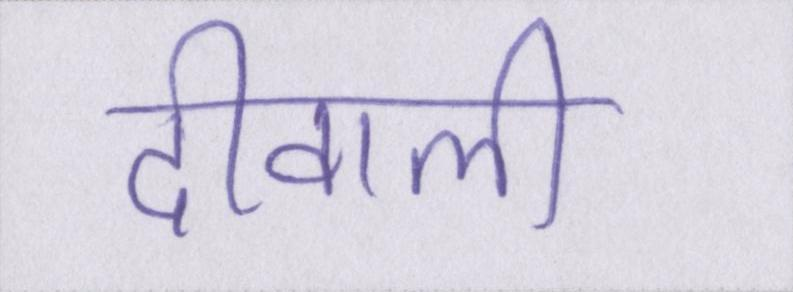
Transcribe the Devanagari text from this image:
दीवाली